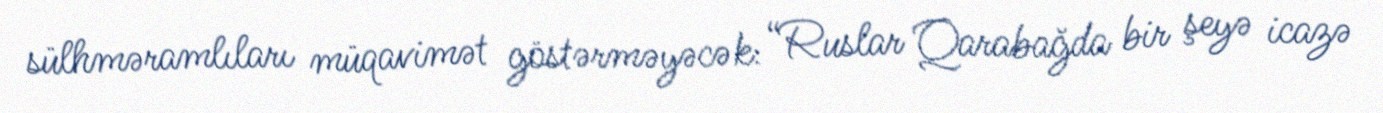
sülhməramlıları müqavimət göstərməyəcək: “Ruslar Qarabağda bir şeyə icazə